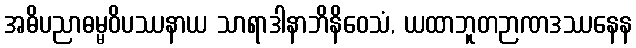
အဓိပညာဓမ္မဝိပဿနာယ သာရာဒါနာဘိနိဝေသံ, ယထာဘူတဉာဏဒဿနေန